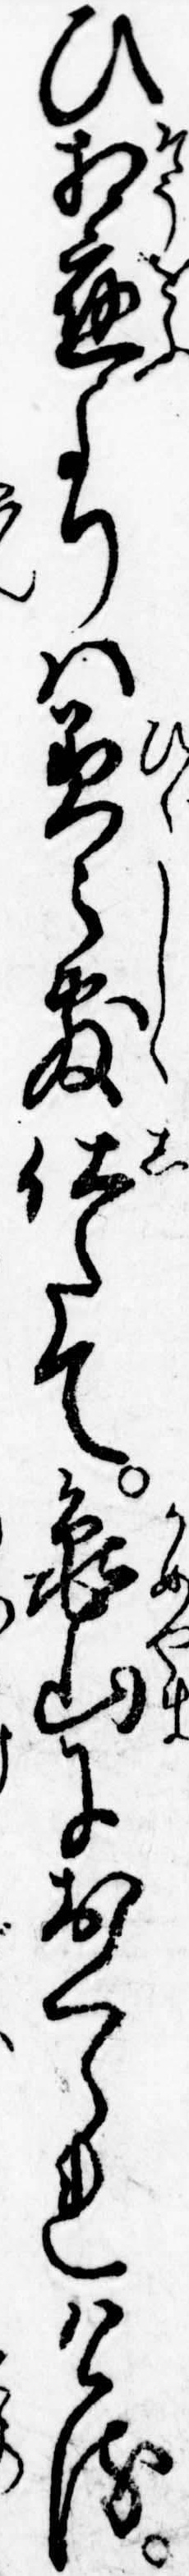
ひ相応よりは美々敷仕たて亀山におくられける